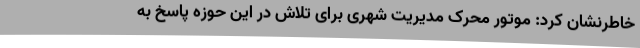
خاطرنشان کرد: موتور محرک مدیریت شهری برای تلاش در این حوزه پاسخ به